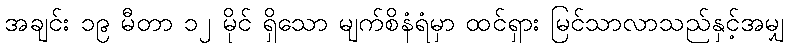
အချင်း ၁၉ မီတာ ၁၂ မိုင် ရှိသော မျက်စိနံရံမှာ ထင်ရှား မြင်သာလာသည်နှင့်အမျှ